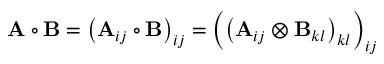
\mathbf { A } \circ \mathbf { B } = \left( \mathbf { A } _ { i j } \circ \mathbf { B } \right) _ { i j } = \left( \left( \mathbf { A } _ { i j } \otimes \mathbf { B } _ { k l } \right) _ { k l } \right) _ { i j }